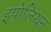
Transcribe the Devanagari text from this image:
इपोलियन